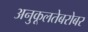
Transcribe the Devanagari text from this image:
अनुकूलतेबरोबर